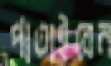
পাতাইবেন